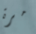
مرة